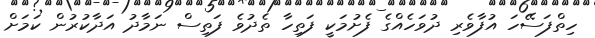
ހިތްފަސޭހަ އުފާވެރި ދުވަހެއްގެ ފެށުމަކީ ފަތިހާ ތެދުވެ ފަތިސް ނަމާދު އަދާކުރުން ކަމަށް